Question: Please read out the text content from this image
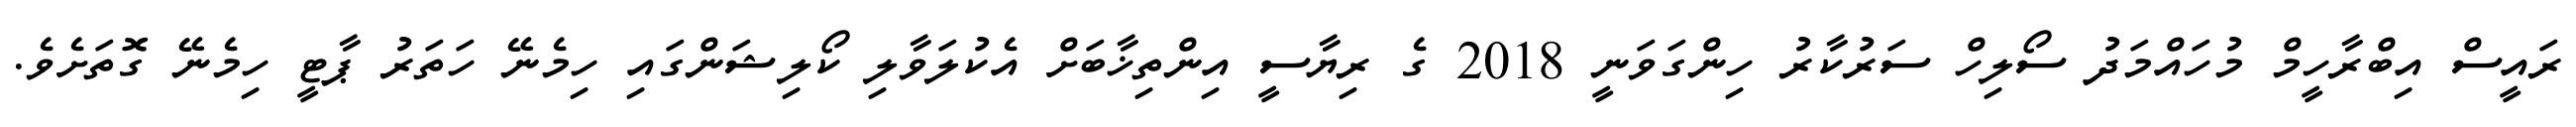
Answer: ރައީސް އިބްރާހީމް މުހައްމަދު ސޯލިހް ސަރުކާރު ހިންގަވަނީ 2018 ގެ ރިޔާސީ އިންތިޚާބަށް އެކުލަވާލި ކޯލިޝަންގައި ހިމެނޭ ހަތަރު ޕާޓީ ހިމެނޭ ގޮތަށެވެ.